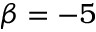
\beta = - 5